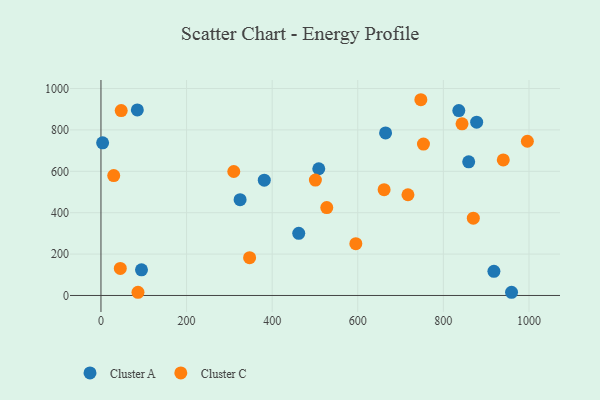
{"axis": {"x": "Engine Size", "y": "Salary"}, "legend": ["Cluster A", "Cluster C"], "data": [{"x": "3.9", "y": 737.7, "type": "Cluster A"}, {"x": "462.1", "y": 300.3, "type": "Cluster A"}, {"x": "859.2", "y": 645.8, "type": "Cluster A"}, {"x": "918.1", "y": 116.8, "type": "Cluster A"}, {"x": "94.7", "y": 124.2, "type": "Cluster A"}, {"x": "665.0", "y": 785.5, "type": "Cluster A"}, {"x": "381.6", "y": 557.3, "type": "Cluster A"}, {"x": "877.8", "y": 837.4, "type": "Cluster A"}, {"x": "959.3", "y": 15.5, "type": "Cluster A"}, {"x": "85.0", "y": 896.3, "type": "Cluster A"}, {"x": "508.9", "y": 612.2, "type": "Cluster A"}, {"x": "325.1", "y": 463.1, "type": "Cluster A"}, {"x": "836.1", "y": 893.4, "type": "Cluster A"}, {"x": "527.6", "y": 424.5, "type": "Cluster C"}, {"x": "843.6", "y": 829.3, "type": "Cluster C"}, {"x": "501.0", "y": 557.4, "type": "Cluster C"}, {"x": "595.5", "y": 250.5, "type": "Cluster C"}, {"x": "29.8", "y": 579.5, "type": "Cluster C"}, {"x": "717.3", "y": 486.7, "type": "Cluster C"}, {"x": "870.0", "y": 373.5, "type": "Cluster C"}, {"x": "347.3", "y": 182.9, "type": "Cluster C"}, {"x": "310.3", "y": 599.1, "type": "Cluster C"}, {"x": "747.4", "y": 945.8, "type": "Cluster C"}, {"x": "47.3", "y": 893.6, "type": "Cluster C"}, {"x": "45.2", "y": 130.7, "type": "Cluster C"}, {"x": "996.3", "y": 745.1, "type": "Cluster C"}, {"x": "753.5", "y": 731.5, "type": "Cluster C"}, {"x": "86.5", "y": 15.5, "type": "Cluster C"}, {"x": "940.0", "y": 655.0, "type": "Cluster C"}, {"x": "661.6", "y": 511.0, "type": "Cluster C"}]}